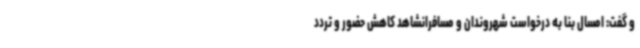
و گفت: امسال بنا به درخواست شهروندان و مسافرانشاهد کاهش حضور و تردد